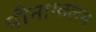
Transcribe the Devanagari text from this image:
पौनाम्बलम